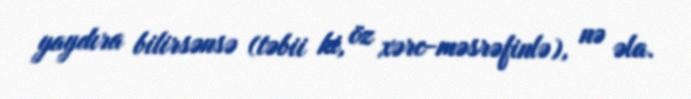
yaydıra bilirsənsə (təbii ki, öz xərc-məsrəfinlə), nə əla.